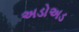
અડોઅડ